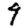
Digit: 9